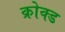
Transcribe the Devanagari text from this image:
क्रोक्ड